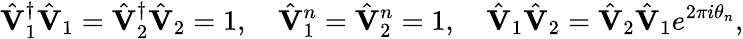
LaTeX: \hat{\mathbf V}_{1}^{\dagger}\hat{\mathbf V}_{1}=\hat{\mathbf V}_{2}^{\dagger}\hat{\mathbf V}_{2}=1,\quad\hat{\mathbf V}_{1}^{n}=\hat{\mathbf V}_{2}^{n}=1,\quad\hat{\mathbf V}_{1}\hat{\mathbf V}_{2}=\hat{\mathbf V}_{2}\hat{\mathbf V}_{1}e^{2\pi i\theta_{n}},